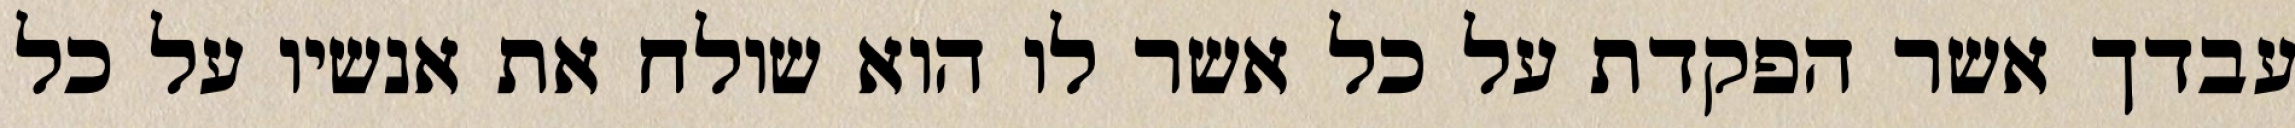
עבדך אשר הפקדת על כל אשר לו הוא שולח את אנשיו על כל